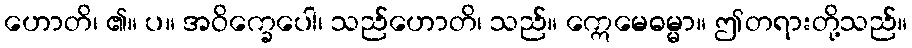
ဟောတိ၊ ၏။ ပ။ အဝိက္ခေပေါ၊ သည်ဟောတိ၊ သည်။ ဣေမေဓမ္မာ။ ဤတရားတို့သည်။